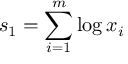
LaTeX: s _ { 1 } = \sum _ { i = 1 } ^ { m } \log x _ { i }